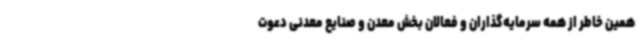
همین خاطر از همه سرمایه‌گذاران و فعالان بخش معدن و صنایع معدنی دعوت